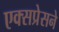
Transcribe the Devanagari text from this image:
एक्सप्रेसने